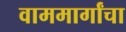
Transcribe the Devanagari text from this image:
वाममार्गांचा